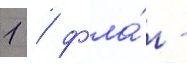
1 / фла́г -